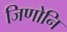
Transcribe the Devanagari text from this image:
जिणोनि